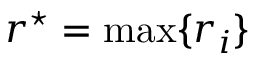
r ^ { \star } = \operatorname* { m a x } \{ r _ { i } \}